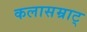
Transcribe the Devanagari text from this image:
कलासम्राट्